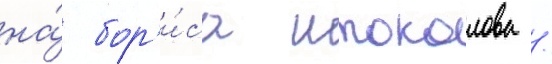
на́ бор'и́са штоколова /